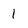
Character: 1